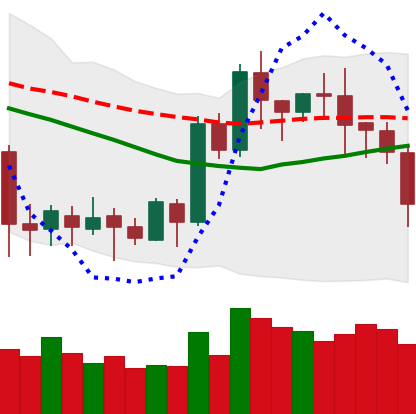
Ticker: LTC-USD
Chart end date: 2020-07-16
Forward return: 3.76%
Label: up_3_5